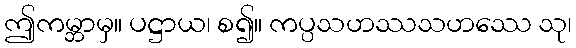
ဤကမ္ဘာမှ။ ပဋ္ဌာယ၊ စ၍။ ကပ္ပသဟဿသဟဿေ သု၊